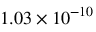
1 . 0 3 \times 1 0 ^ { - 1 0 }